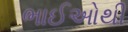
ભાઈઓથી